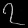
Digit: ၇